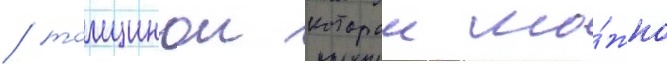
/ толщинои которои мо́жно